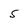
Character: 5